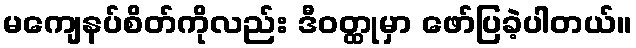
မကျေနပ်စိတ်ကိုလည်း ဒီဝတ္ထုမှာ ဖော်ပြခဲ့ပါတယ်။